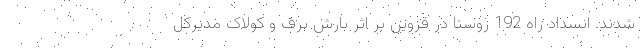
شدند. انسداد راه 192 روستا در قزوین بر اثر بارش برف و کولاک مدیرکل